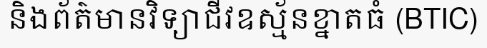
និងព័ត៌មានវិទ្យាជីវឧស្ម័នខ្នាតធំ (BTIC)